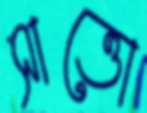
সাত্তো